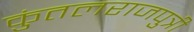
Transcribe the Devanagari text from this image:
कुंतलराजपुत्री